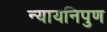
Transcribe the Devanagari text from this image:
न्यायनिपुण